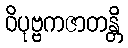
ဝိပုဗ္ဗကဇာတန္တိ